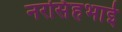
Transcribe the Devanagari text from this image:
नरसिंहभाई